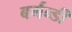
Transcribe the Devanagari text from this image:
बर्गन्डी